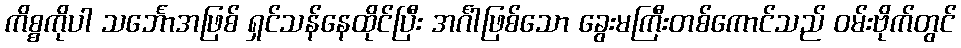
ကိစ္စကိုပါ သင်္ဘောအဖြစ် ရှင်သန်နေထိုင်ပြီး အင်္ဂါဖြစ်သော ခွေးမကြီးတစ်ကောင်သည် ဝမ်းဗိုက်တွင်